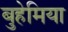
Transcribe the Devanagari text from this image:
बुहेमिया